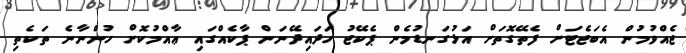
ޖެއްވުމުން އެބަޖެޓަށް ފެތޭގޮތަށް އަޅުގަނޑުމެން ޕެކޭޖު ހަދައިދޭނަން ޕާކެއްގައި ޢާއްމުކޮށް ހުންނާނެ ތަކެތި